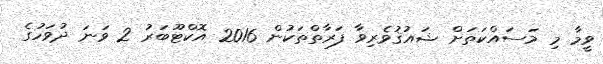
ވީމާ މި މަސައްކަތަށް ޝައުޤުވެރިވާ ފަރާތްތަކުން 2016 އޮކްޓޫބަރު 2 ވަނަ ދުވަހުގެ